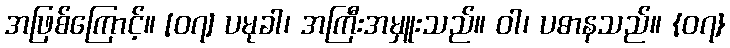
အဖြစ်ကြောင့်။ [၀၇] ပမုခါ၊ အကြီးအမှူးသည်။ ဝါ၊ ပဓာနသည်။ {၀၇}